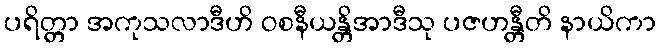
ပရိတ္တာ အကုသလာဒီဟိ ဝစနီယန္တိအာဒီသု ပဇဟန္တီတိ နာယိကာ